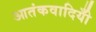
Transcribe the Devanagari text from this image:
आतंकवादियोँ